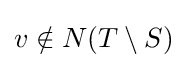
v\notin N(T\setminus S)